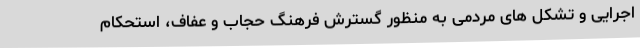
اجرایی و تشکل های مردمی به منظور گسترش فرهنگ حجاب و عفاف، استحکام